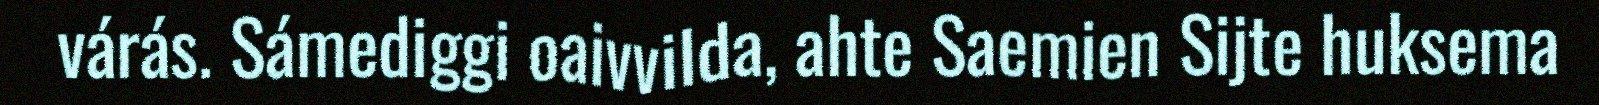
várás. Sámediggi oaivvilda, ahte Saemien Sijte huksema